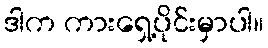
ဒါက ကားရှေ့ပိုင်းမှာပါ။